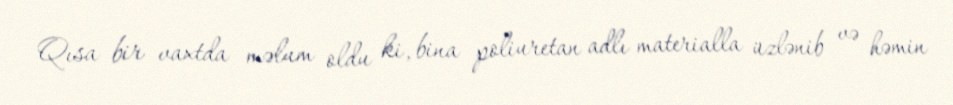
Qısa bir vaxtda məlum oldu ki, bina poliuretan adlı materialla üzlənib və həmin